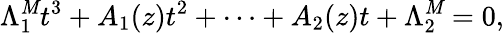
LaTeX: \Lambda_{1}^{\mathit{M}}t^{3}+A_{1}(z)t^{2}+\cdots+A_{2}(z)t+\Lambda_{2}^{\mathit{M}}=0,